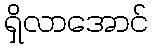
ရှိလာအောင်